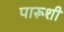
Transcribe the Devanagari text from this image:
पारूशी